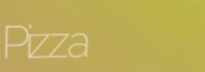
Pizza